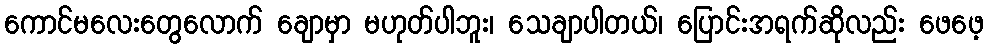
ကောင်မလေးတွေလောက် ချောမှာ မဟုတ်ပါဘူး၊ သေချာပါတယ်၊ ပြောင်းအရက်ဆိုလည်း ဖေဖေ့